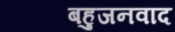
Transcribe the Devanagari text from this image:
बहुजनवाद